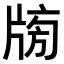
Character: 𤗒